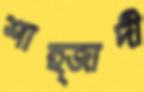
শাহ্‌জাদী